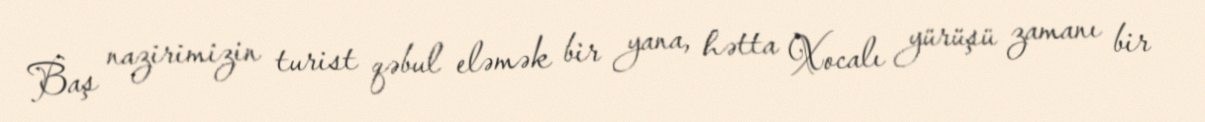
Baş nazirimizin turist qəbul eləmək bir yana, hətta Xocalı yürüşü zamanı bir